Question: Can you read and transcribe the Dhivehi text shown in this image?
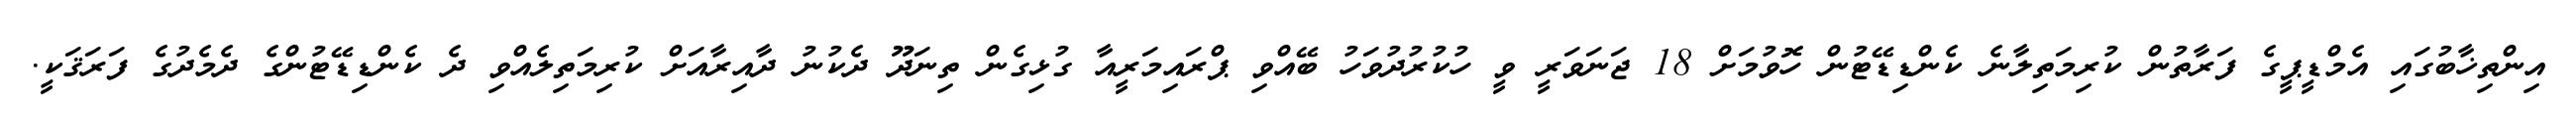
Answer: އިންތިޚާބުގައި އެމްޑީޕީގެ ފަރާތުން ކުރިމަތިލާނެ ކެންޑިޑޭޓުން ހޮވުމަށް 18 ޖަނަވަރީ ވީ ހުކުރުދުވަހު ބޭއްވި ޕްރައިމަރީއާ ގުޅިގެން ތިނަދޫ ދެކުނު ދާއިރާއަށް ކުރިމަތިލެއްވި ދެ ކެންޑިޑޭޓުންގެ ދެމެދުގެ ފަރަޤަކީ.